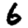
Digit: 6